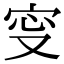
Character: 㝕